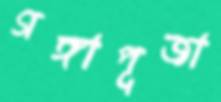
গঙ্গাপূজা